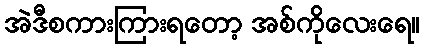
အဲဒီစကားကြားရတော့ အစ်ကိုလေးရေ။